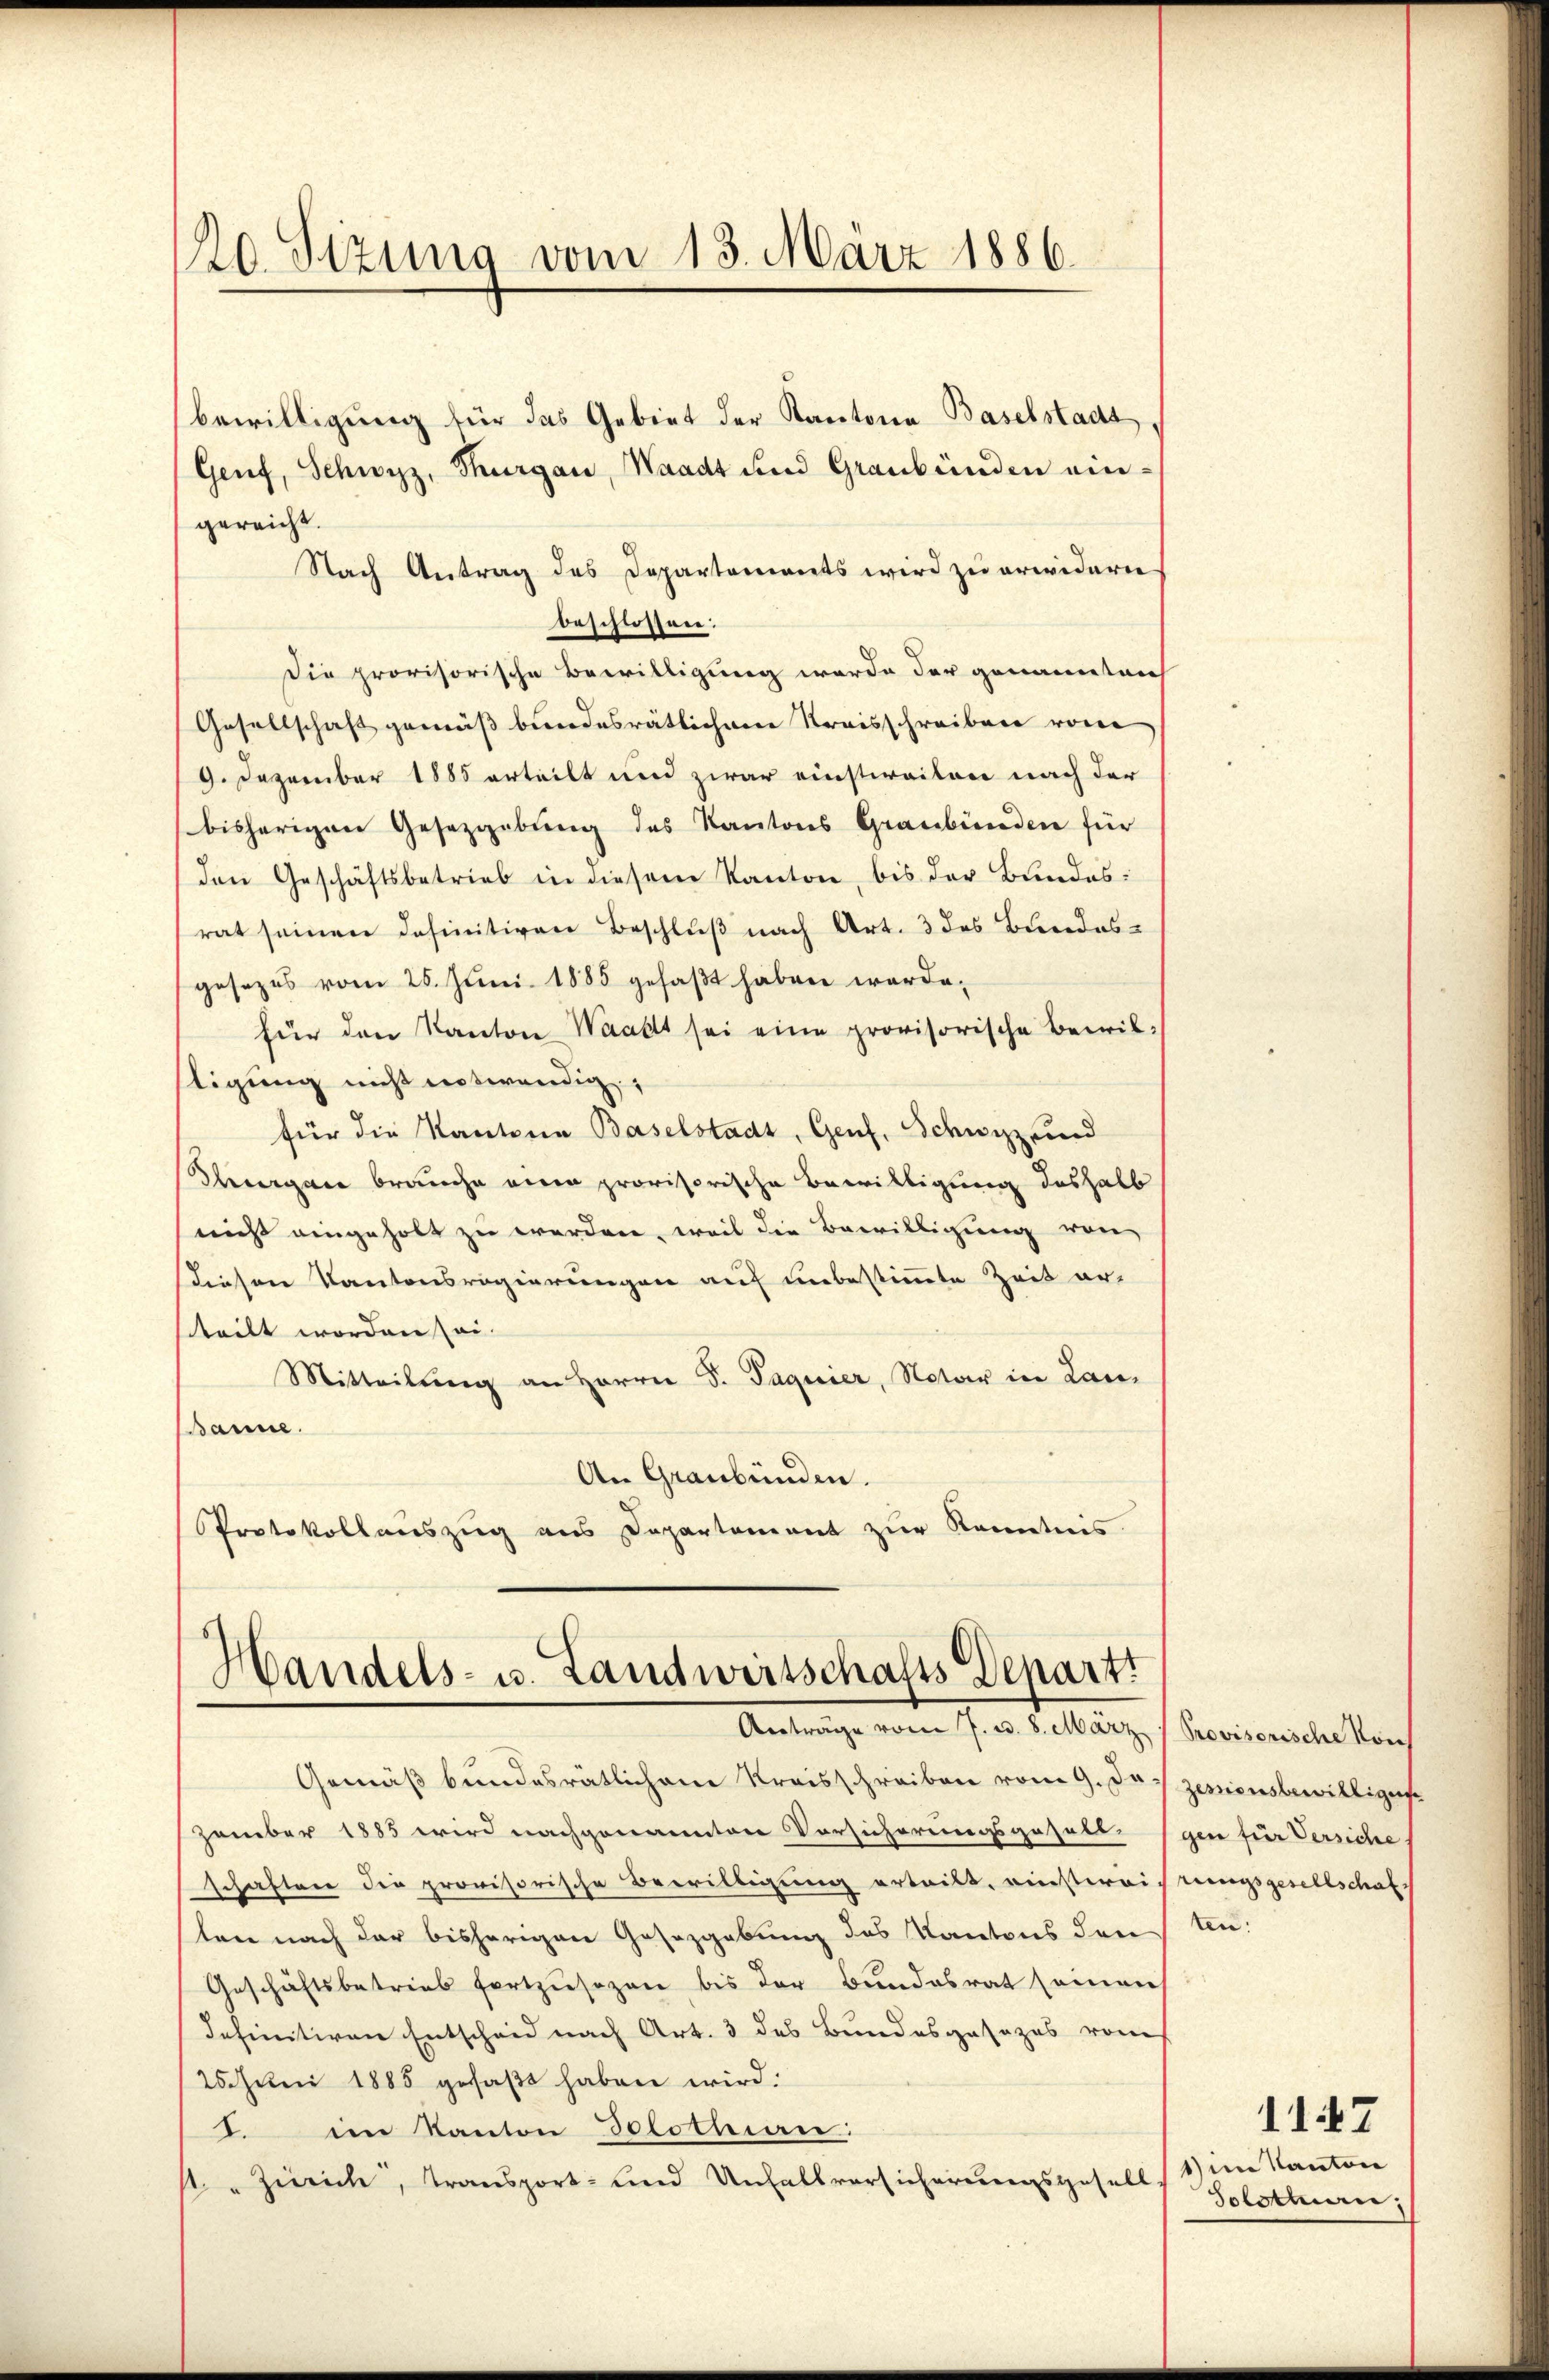
20. Sizung vom 13. März 1886.

bewilligung für das Gebiet der Kantone Baselstadt
Genf, Schwyz, Thurgau, Waadt und Graubünden ein-
gereicht.
Nach Antrag des Departements wird zu erwidern
beschlossen:
Die provisorische Bewilligung werde der genanntrich
Gesellschaft gemäß bundesrätlichem Kreisschreiben vom
9. Dezember 1885 erteilt und zwar einstireiten nach der
bisherigen Gesetzgebung des Kantons Graubünden für
den Geschäftsbetrieb in diesem Kanton, bis der Bundes-
rat seinen definitiven Beschluß nach Art. 3 des Bundes-
gesezes vom 25. Juni 1885 gefaßt haben werde.
für den Kanton Waadt sei eine provisorische Bewiltigung nicht notwendig,
für die Kanton Baselstadt, Genf, Schwyz und
Svergan brauche eine provisorische Bewilligung deshalb
nicht eingeholt zu werden, weil die Bewilligung von
diesen Kantonsregierungen auf unbestimmte Zeit er-
teilt worden sei.
Mitteilung an Herrn D. Pageier, Notar in Lan¬
Banne.
An Graubünden.
Protokollauszug aus Departement zur Kenntnis.

Handels- u. Landwirtschafts Departi
Antrage vom 7. v. 8. März, Provisorische Konf

Gemäß bundesrätlichene Kreisschreiben vom 9. Das zesionsbewilliger
zember 1885 wird nachgenannten Vorsicherungsgesell gen für Versiche
schaften die provisorische Bewilligung erteilt, einsteristungsgesellschaft
ten nach der bisherigen Gesetzgebung des Kantons den An¬
Geschäftsbetrieb fortzusezen bis der Bundesrat seinen
definitiven Entscheid nach Art. 3 des Bundesgesezes vom
25. Juni 1885 gefaßt haben wird.
I. im Kanton Solothuian:
" Zürich, transport- und Unfallversicherungsgesell,

1147
1) im Kanton
Solothurn;